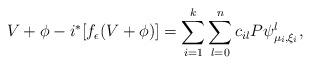
LaTeX: \begin{align*}V+\phi -i^*[f_\epsilon(V+\phi )]=\sum_{i=1}^k\sum_{l=0}^nc_{il} P\psi^l_{ \mu_i,\xi_i},\end{align*}